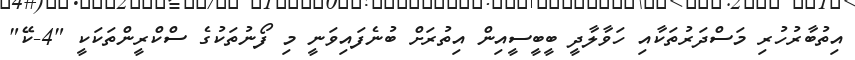
އިތުބާރުހުރި މަސްދަރުތަކާއި ހަވާލާދީ ބީބީސީއިން އިތުރަށް ބުނެފައިވަނީ މި ފޯނުތަކުގެ ސްކްރީންތަކަކީ "4-ކޭ"